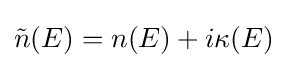
{\tilde {n}}(E)=n(E)+i\kappa (E)